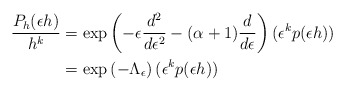
\begin{align*}\frac{P_h(\epsilon h)}{h^k}&= \exp\left( - \epsilon\frac{d^2}{d\epsilon^2} - (\alpha + 1)\frac{d}{d\epsilon}\right)(\epsilon^kp(\epsilon h)) \\&= \exp\left(-\Lambda_\epsilon\right)(\epsilon^kp(\epsilon h))\end{align*}